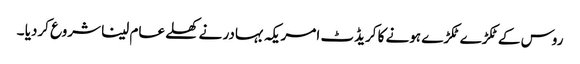
روس کے ٹکڑے ٹکڑے ہونے کا کریڈٹ امریکہ بہادر نے کھلے عام لینا شروع کردیا ۔